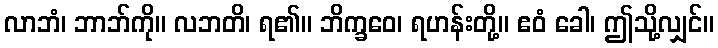
လာဘံ၊ ဘာဘ်ကို။ လဘတိ၊ ရ၏။ ဘိက္ခဝေ၊ ရဟန်းတို့။ ဧဝံ ခေါ၊ ဤသို့လျှင်။